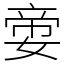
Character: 㛳